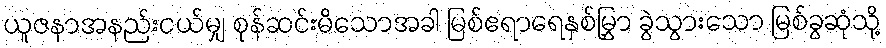
ယူဇနာအနည်းငယ်မျှ စုန်ဆင်းမိသောအခါ မြစ်ဧရာရေနှစ်မြွှာ ခွဲသွားသော မြစ်ခွဆုံသို့